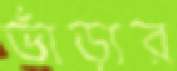
ভাঁড়ার